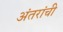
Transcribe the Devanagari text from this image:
अंतरांची